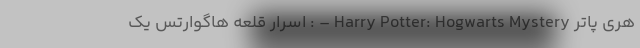
هری پاتر Harry Potter: Hogwarts Mystery – : اسرار قلعه هاگوارتس یک